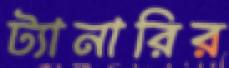
ট্যানারির